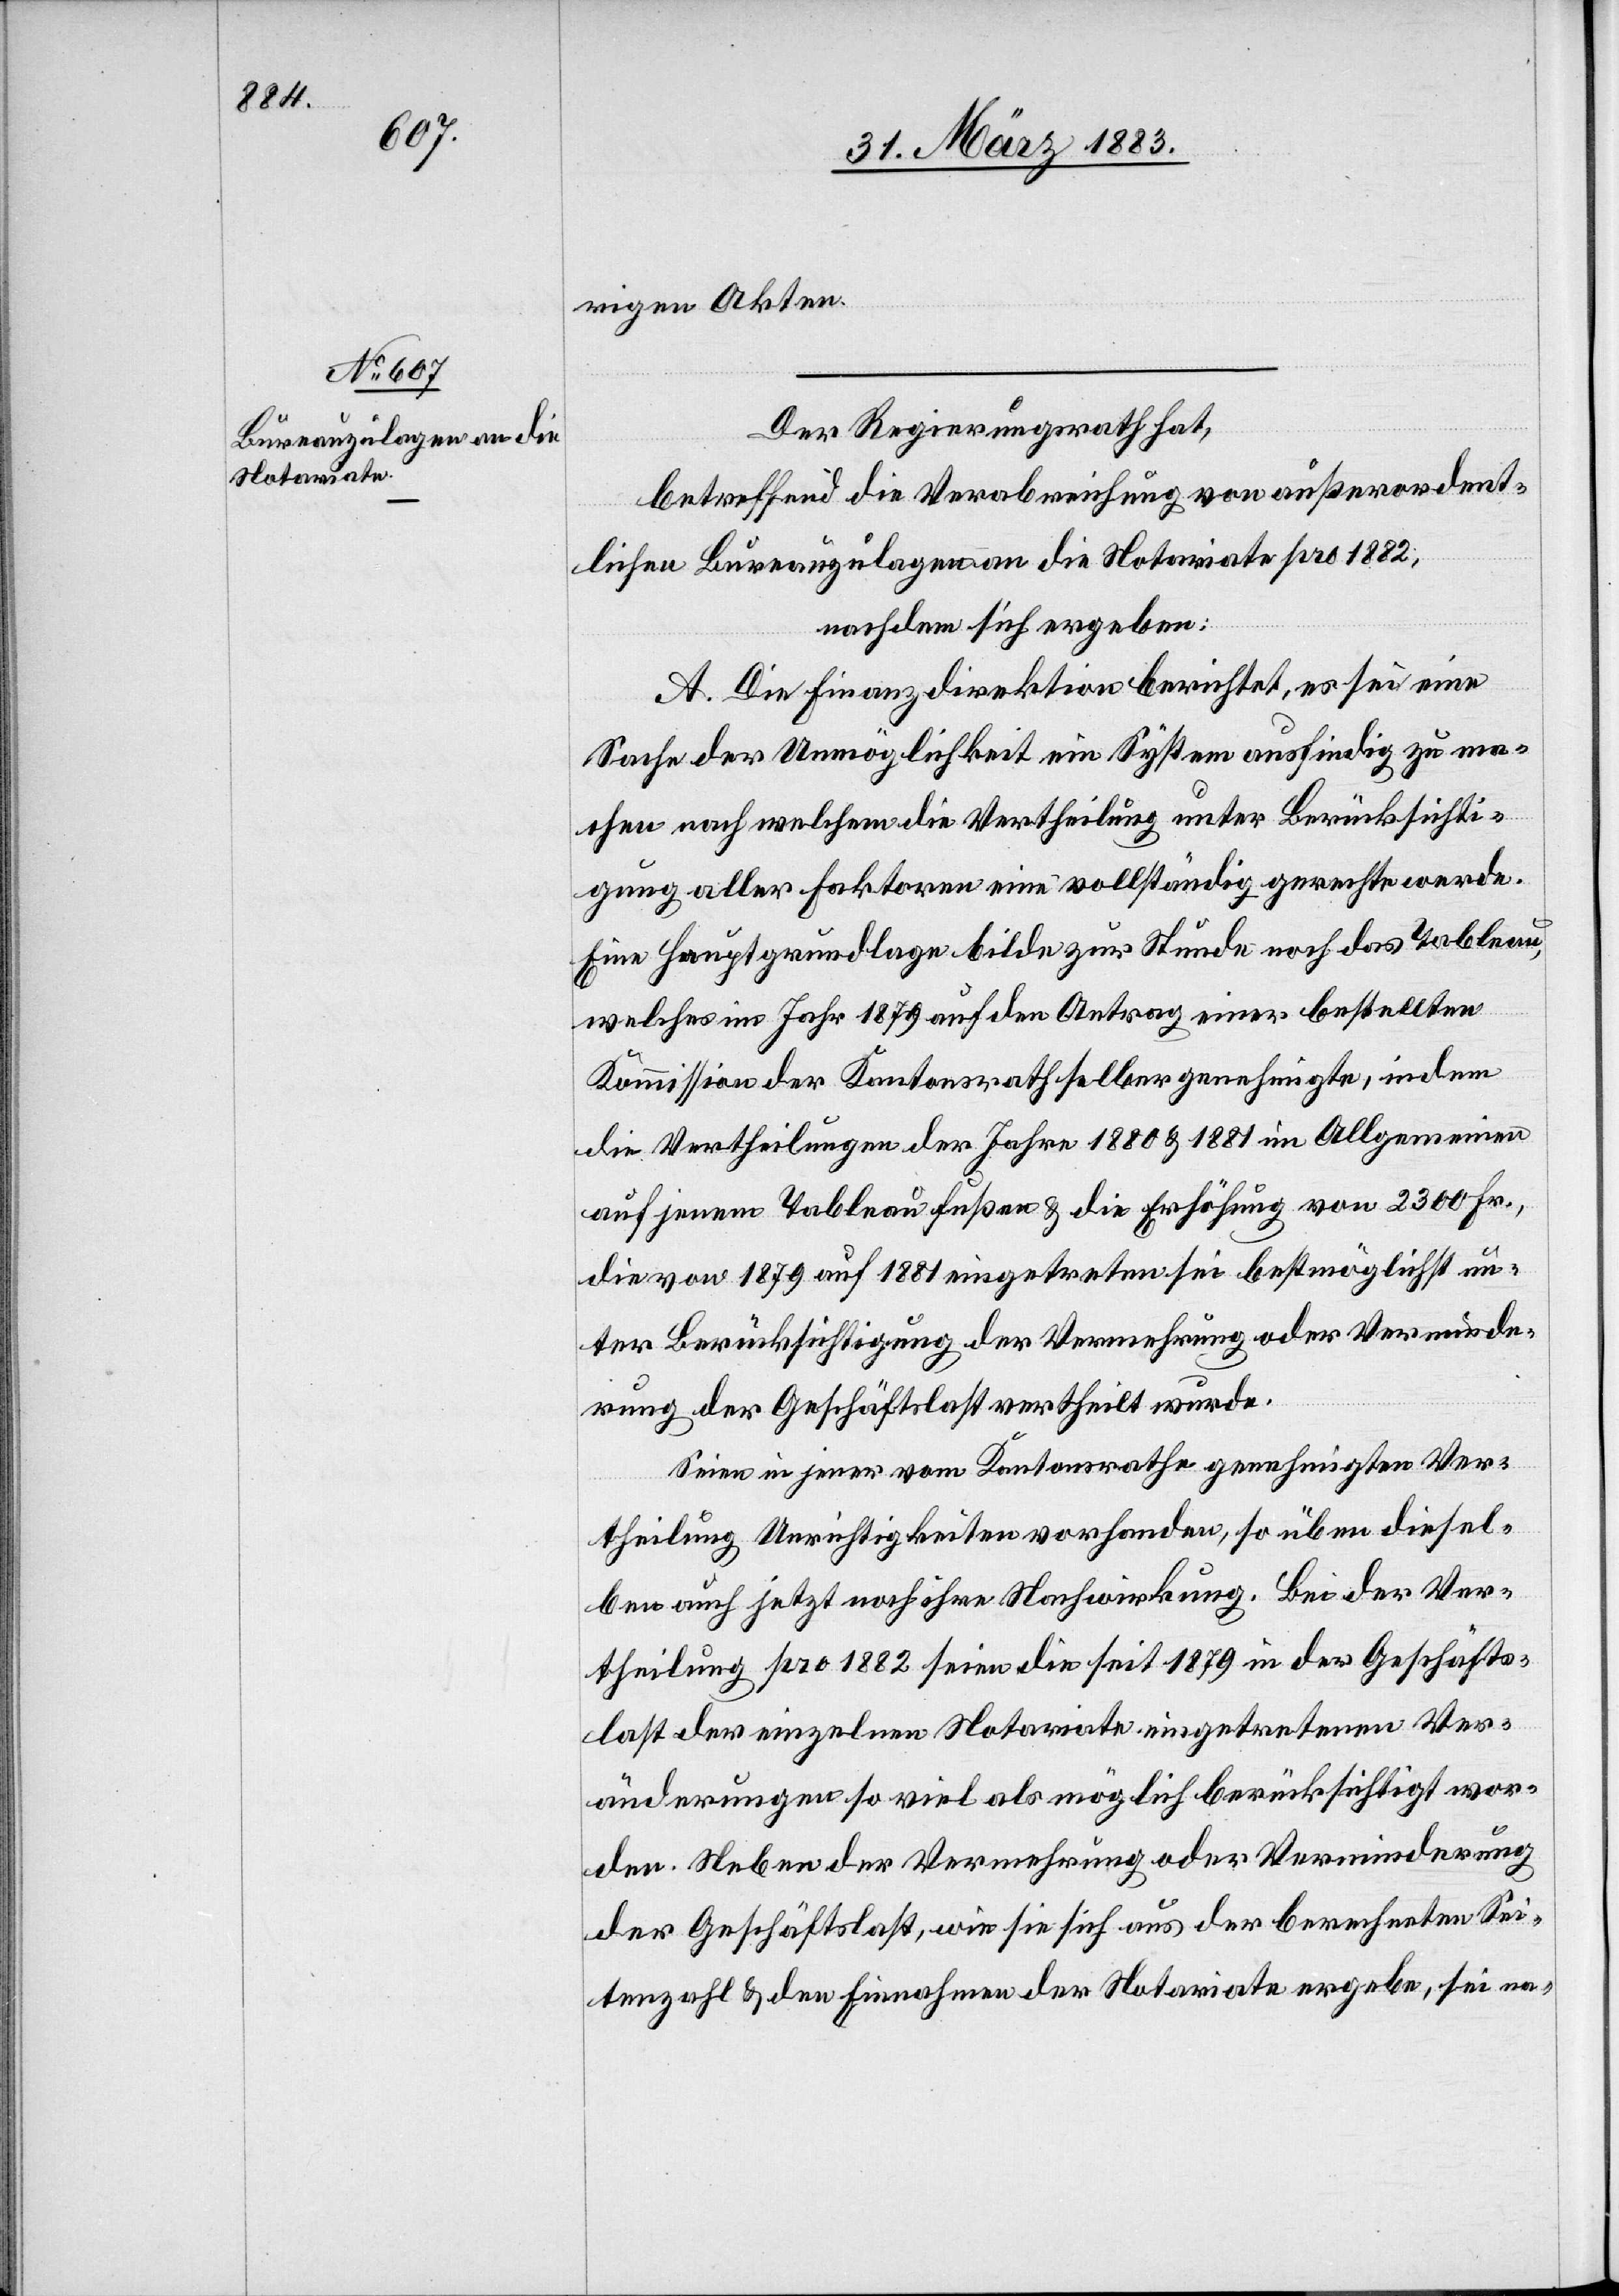
rigen Akten.
Der Regierungsrath hat,
betreffend die Verabreichung von außerordent¬
lichen Bureauzulagen an die Notariate pro 1882,
nachdem sich ergeben:
A. Die Finanzdirektion berichtet, es sei eine
Sache der Unmöglichkeit ein System ausfindig zu ma¬
chen nach welchem die Vertheilung unter Berücksichti¬
gung aller Faktoren eine vollständig gerechte werde.
Eine Hauptgrundlage bilde zur Stunde noch das Tableau,
welches im Jahr 1879 auf den Antrag einer bestellten
Kommission der Kantonsrath selber genehmigte, indem
die Vertheilungen der Jahre 1880 & 1881 im Allgemeinen
auf jenem Tableau fußen & die Erhöhung von 2300 Fr.,
die von 1879 auf 1881 eingetreten sei bestmöglichst un¬
ter Berücksichtigung der Vermehrung oder Verminde¬
rung der Geschäftslast vertheilt wurde.
Seien in jener vom Kantonsrathe genehmigten Ver¬
theilung Unrichtigkeiten vorhanden, so üben diesel¬
ben auch jetzt noch ihre Nachwirkung. Bei der Ver¬
theilung pro 1882 seien die seit 1879 in der Geschäfts¬
last der einzelnen Notariate eingetretenen Ver¬
änderungen so viel als möglich berücksichtigt wor¬
den. Neben der Vermehrung oder Verminderung
der Geschäftslast, wie sie sich aus der berechneten Sei¬
tenzahl & den Einnahmen der Notariate ergeben, sei na-